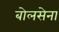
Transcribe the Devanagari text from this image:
बोलसेना